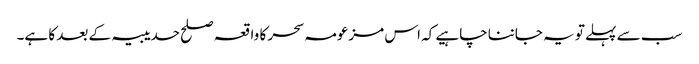
سب سے پہلے تو یہ جاننا چاہیے کہ اس مزعومہ سحر کا واقعہ صلح حدیبیہ کے بعد کا ہے۔